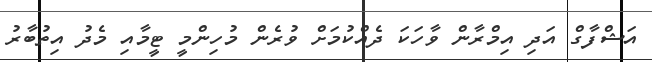
އަޝްފާގް އަދި އިމްރާން ވާހަކަ ދެއްކުމަށް ވުރެން މުހިންމީ ޓީމާއި މެދު އިތުބާރު